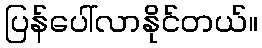
ပြန်ပေါ်လာနိုင်တယ်။